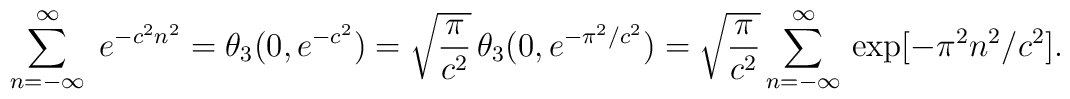
\sum_{n=-\infty}^\infty\;e^{-c^2n^2}=\theta_3(0,e^{-c^2})=\sqrt{\frac{\pi}{c^2}}\,\theta_3(0,e^{-\pi^2/c^2})=\sqrt{\frac{\pi}{c^2}}\sum_{n=-\infty}^\infty\,\exp[-\pi^2n^2/c^2].